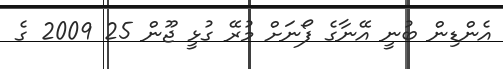
އެންޑިން ބުނީ އޭނާގެ ފޯނަށް މުރޭ ގުޅީ ޖޫން 25 2009 ގެ